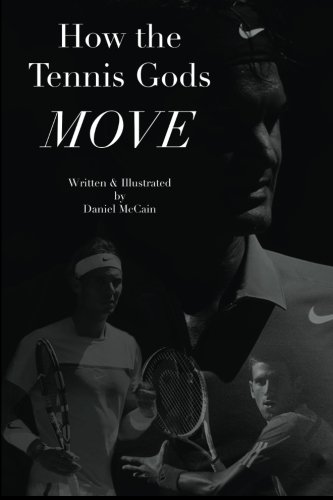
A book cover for How the Tennis Gods Move; Daniel McCain; Sports & Outdoors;